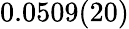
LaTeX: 0.0509(20)